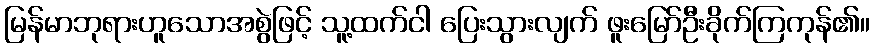
မြန်မာဘုရားဟူသောအစွဲဖြင့် သူ့ထက်ငါ ပြေးသွားလျက် ဖူးမြော်ဦးခိုက်ကြကုန်၏။